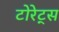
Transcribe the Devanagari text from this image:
टोरेट्स